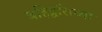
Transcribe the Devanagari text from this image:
बहिर्द्वाराच्या